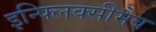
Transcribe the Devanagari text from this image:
इन्फ्लिक्सीमैब